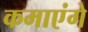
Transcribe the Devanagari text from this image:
कमाएंगे